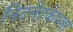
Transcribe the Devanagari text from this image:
निटनेटकेपणा